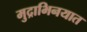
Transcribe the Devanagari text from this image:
मुद्राभिनयात